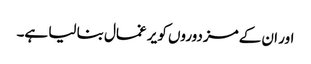
اور ان کے مزدوروں کو یر غمال بنا لیا ہے۔